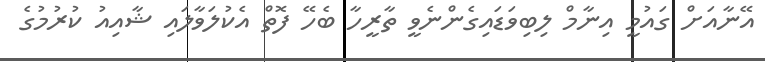
އޭނާއަށް ގައުމީ އިނާމް ލިބިވަޑައިގެންނެވީ ތާރީހާ ބެހޭ ފޮތް އެކުލަވާލައި ޝާއިއު ކުރުމުގެ